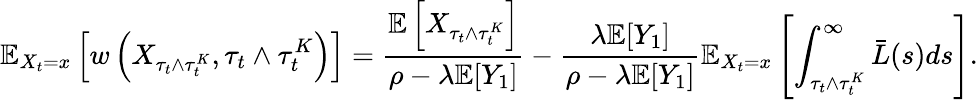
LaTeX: \mathbb{E}_{X_{t}=x}\left[w\left(X_{\tau_{t}\wedge\tau_{t}^{K}},\tau_{t}\wedge\tau_{t}^{K}\right)\right]=\frac{\mathbb{E}\left[X_{\tau_{t}\wedge\tau_{t}^{K}}\right]}{\rho-\lambda\mathbb{E}[Y_{1}]}-\frac{\lambda\mathbb{E}[Y_{1}]}{\rho-\lambda\mathbb{E}[Y_{1}]}\mathbb{E}_{X_{t}=x}\left[\int_{\tau_{t}\wedge\tau_{t}^{K}}^{\infty}\bar{L}(s)ds\right].